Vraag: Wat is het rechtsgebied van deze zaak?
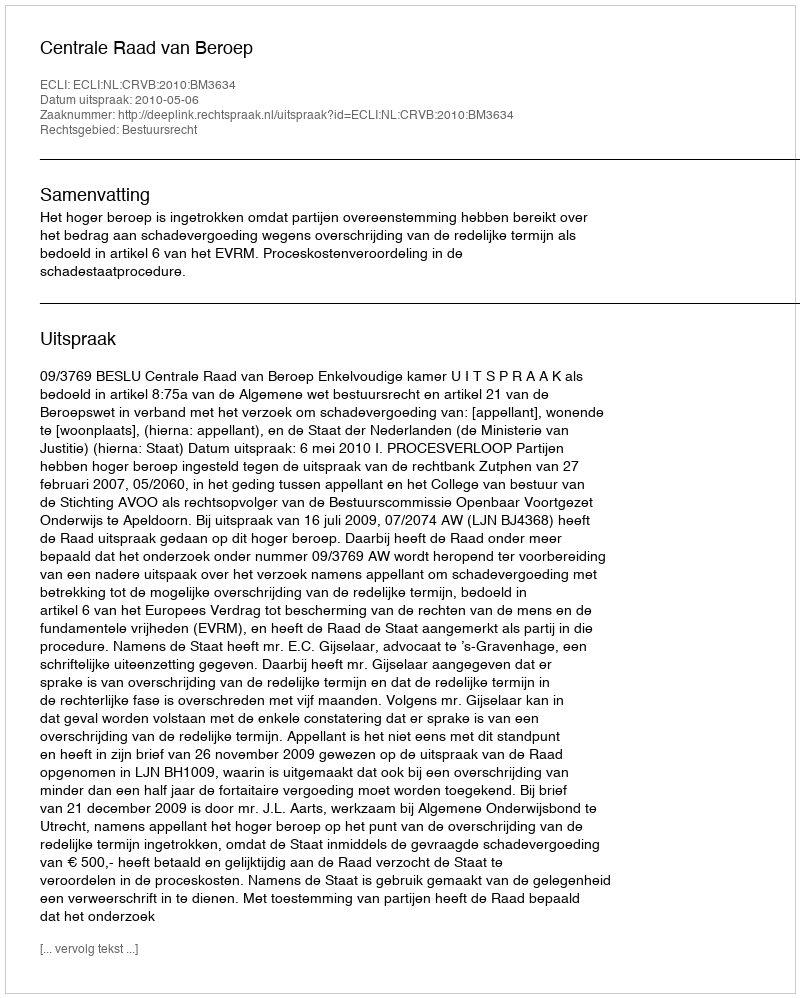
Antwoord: Bestuursrecht